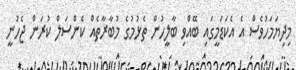
މިދިޔަމަހުވެސް އެ އެކަޑަމީގައި ބޭއްވި ބާލީހުން ތެޅުމުގެ މުބާރާތެއް ކެންސަލް ކުރަން ޖެހުނީ